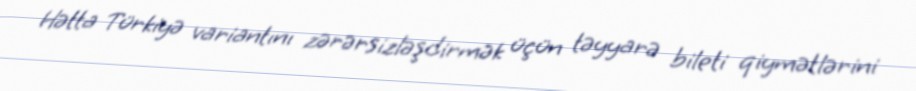
Hətta Türkiyə variantını zərərsizləşdirmək üçün təyyarə bileti qiymətlərini